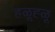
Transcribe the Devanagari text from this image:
हळूह्ळू